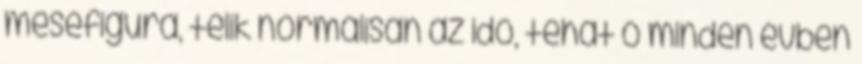
mesefigura, telik normálisan az idő, tehát ő minden évben